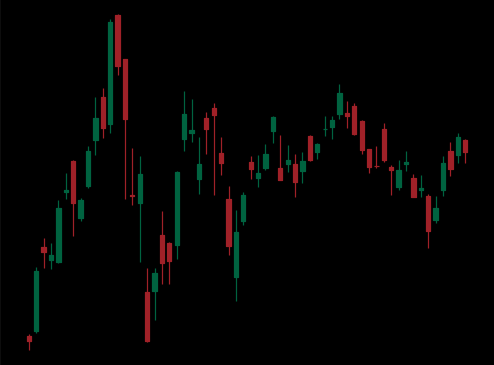
Pattern: unclassified